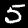
Digit: 5